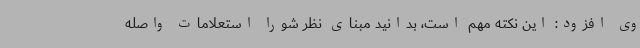
وی افزود: این نکته مهم است، بدانید مبنای نظر شورا استعلامات واصله